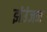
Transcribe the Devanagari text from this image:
झंउंजन